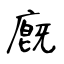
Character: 廐